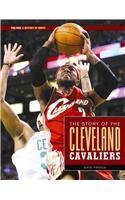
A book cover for The Story of the Cleveland Cavaliers (The NBA: a History of Hoops); Aaron Frisch; Teen & Young Adult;